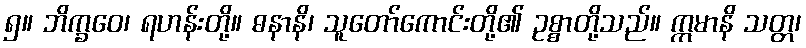
၅။ ဘိက္ခဝေ၊ ရဟန်းတို့။ ဓနာနိ၊ သူတော်ကောင်းတို့၏ ဥစ္စာတို့သည်။ ဣမာနိ သတ္တ၊